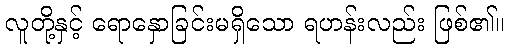
လူတို့နှင့် ရောနှောခြင်းမရှိသော ရဟန်းလည်း ဖြစ်၏။